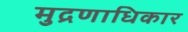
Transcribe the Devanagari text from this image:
मुद्रणाधिकार